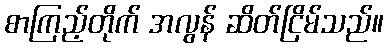
စာကြည့်တိုက် အလွန် ဆိတ်ငြိမ်သည်။